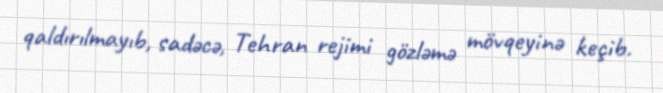
qaldırılmayıb, sadəcə, Tehran rejimi gözləmə mövqeyinə keçib.